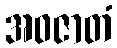
အဝဇာတံ